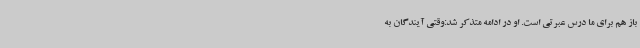
باز هم برای ما درس عبرتی است. او در ادامه متذکر شد:وقتی آیندگان به